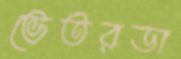
ভেতরডা